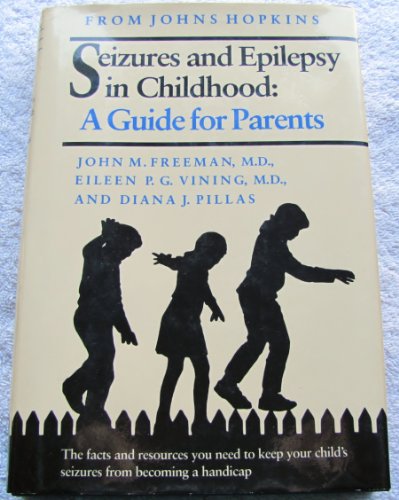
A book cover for Seizures and Epilepsy in Childhood: A Guide for Parents; Professor John M. Freeman MD; Health, Fitness & Dieting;